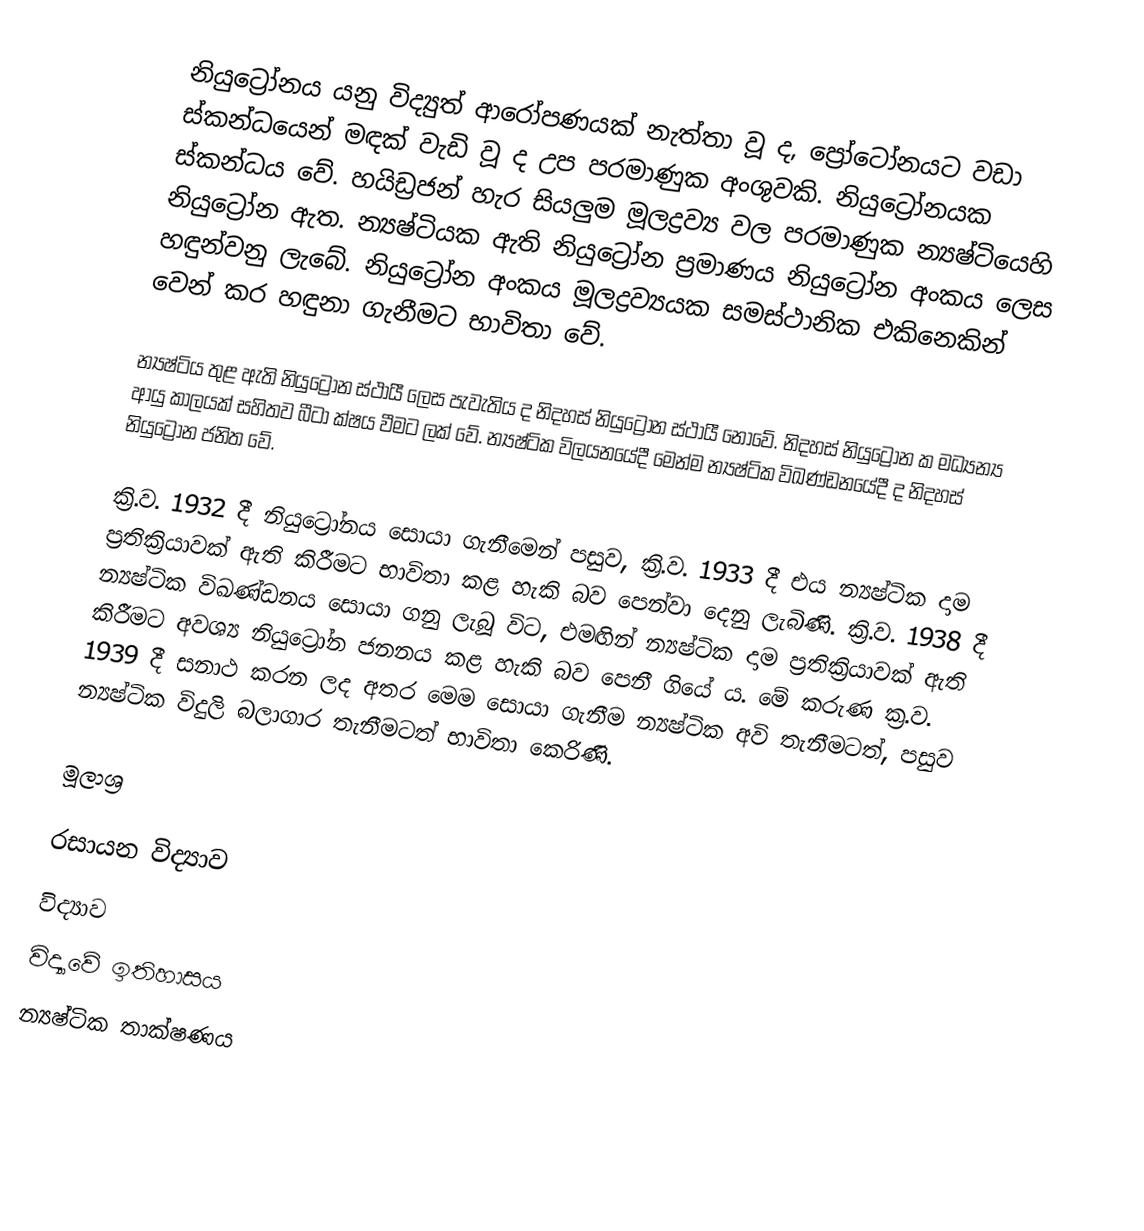
නියුට්‍රෝනය යනු විද්‍යුත් ආරෝපණයක් නැත්තා වූ ද, ප්‍රෝටෝනයට වඩා ස්කන්ධයෙන් මඳක් වැඩි වූ ද උප පරමාණුක අංශුවකි. නියුට්‍රෝනයක ස්කන්ධය  වේ. හයිඩ්‍රජන් හැර සියලුම මූලද්‍රව්‍ය වල පරමාණුක න්‍යෂ්ටියෙහි නියුට්‍රෝන ඇත. න්‍යෂ්ටියක ඇති නියුට්‍රෝන ප්‍රමාණය නියුට්‍රෝන අංකය ලෙස හඳුන්වනු ලැබේ. නියුට්‍රෝන අංකය මූලද්‍රව්‍යයක සමස්ථානික එකිනෙකින් වෙන් කර හඳුනා ගැනීමට භාවිතා වේ.

න්‍යෂ්ටිය තුළ ඇති නියුට්‍රෝන ස්ථායී ලෙස පැවැතිය ද නිදහස් නියුට්‍රෝන ස්ථායී නොවේ. නිදහස් නියුට්‍රෝන ක මධ්‍යන්‍ය ආයු කාලයක් සහිතව බීටා ක්ෂය වීමට ලක් වේ. න්‍යෂ්ටික විලයනයේදී මෙන්ම න්‍යෂ්ටික විඛණ්ඩනයේදී ද නිදහස් නියුට්‍රෝන ජනිත වේ.

ක්‍රි.ව. 1932 දී නියුට්‍රෝනය සොයා ගැනීමෙන් පසුව, ක්‍රි.ව. 1933 දී එය න්‍යෂ්ටික දාම ප්‍රතික්‍රියාවක් ඇති කිරීමට භාවිතා කළ හැකි බව පෙන්වා දෙනු ලැබිණි. ක්‍රි.ව. 1938 දී න්‍යෂ්ටික විඛණ්ඩනය සොයා ගනු ‍ලැබූ විට, එමඟින් න්‍යෂ්ටික දාම ප්‍රතික්‍රියාවක් ඇති කිරීමට අවශ්‍ය නියුට්‍රෝන ජනනය කළ හැකි බව පෙනී ගියේ ය. මේ කරුණ ක්‍ර.ව. 1939 දී සනාථ කරන ලද අතර මෙම සොයා ගැනීම න්‍යෂ්ටික අවි තැනීමටත්, පසුව න්‍යෂ්ටික විදුලි බලාගාර තැනීමටත් භාවිතා කෙරිණි.

මූලාශ්‍ර

රසායන විද්‍යාව
විද්‍යාව
විද්‍යා‍වේ ඉතිහාසය
න්‍යෂ්ටික තාක්ෂණය